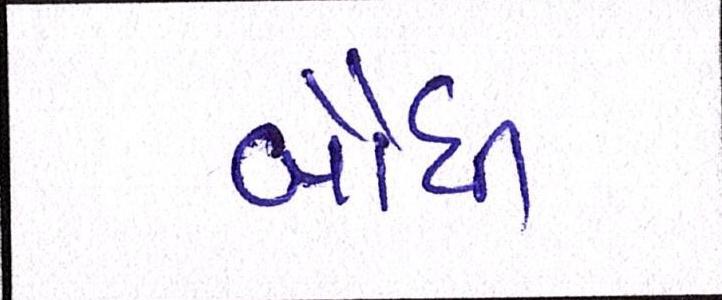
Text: બૌધી